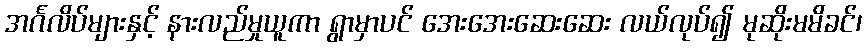
အင်္ဂလိပ်များနှင့် နားလည်မှုယူကာ ရွာမှာပင် အေးအေးဆေးဆေး လယ်လုပ်၍ မုဆိုးမမိခင်၊